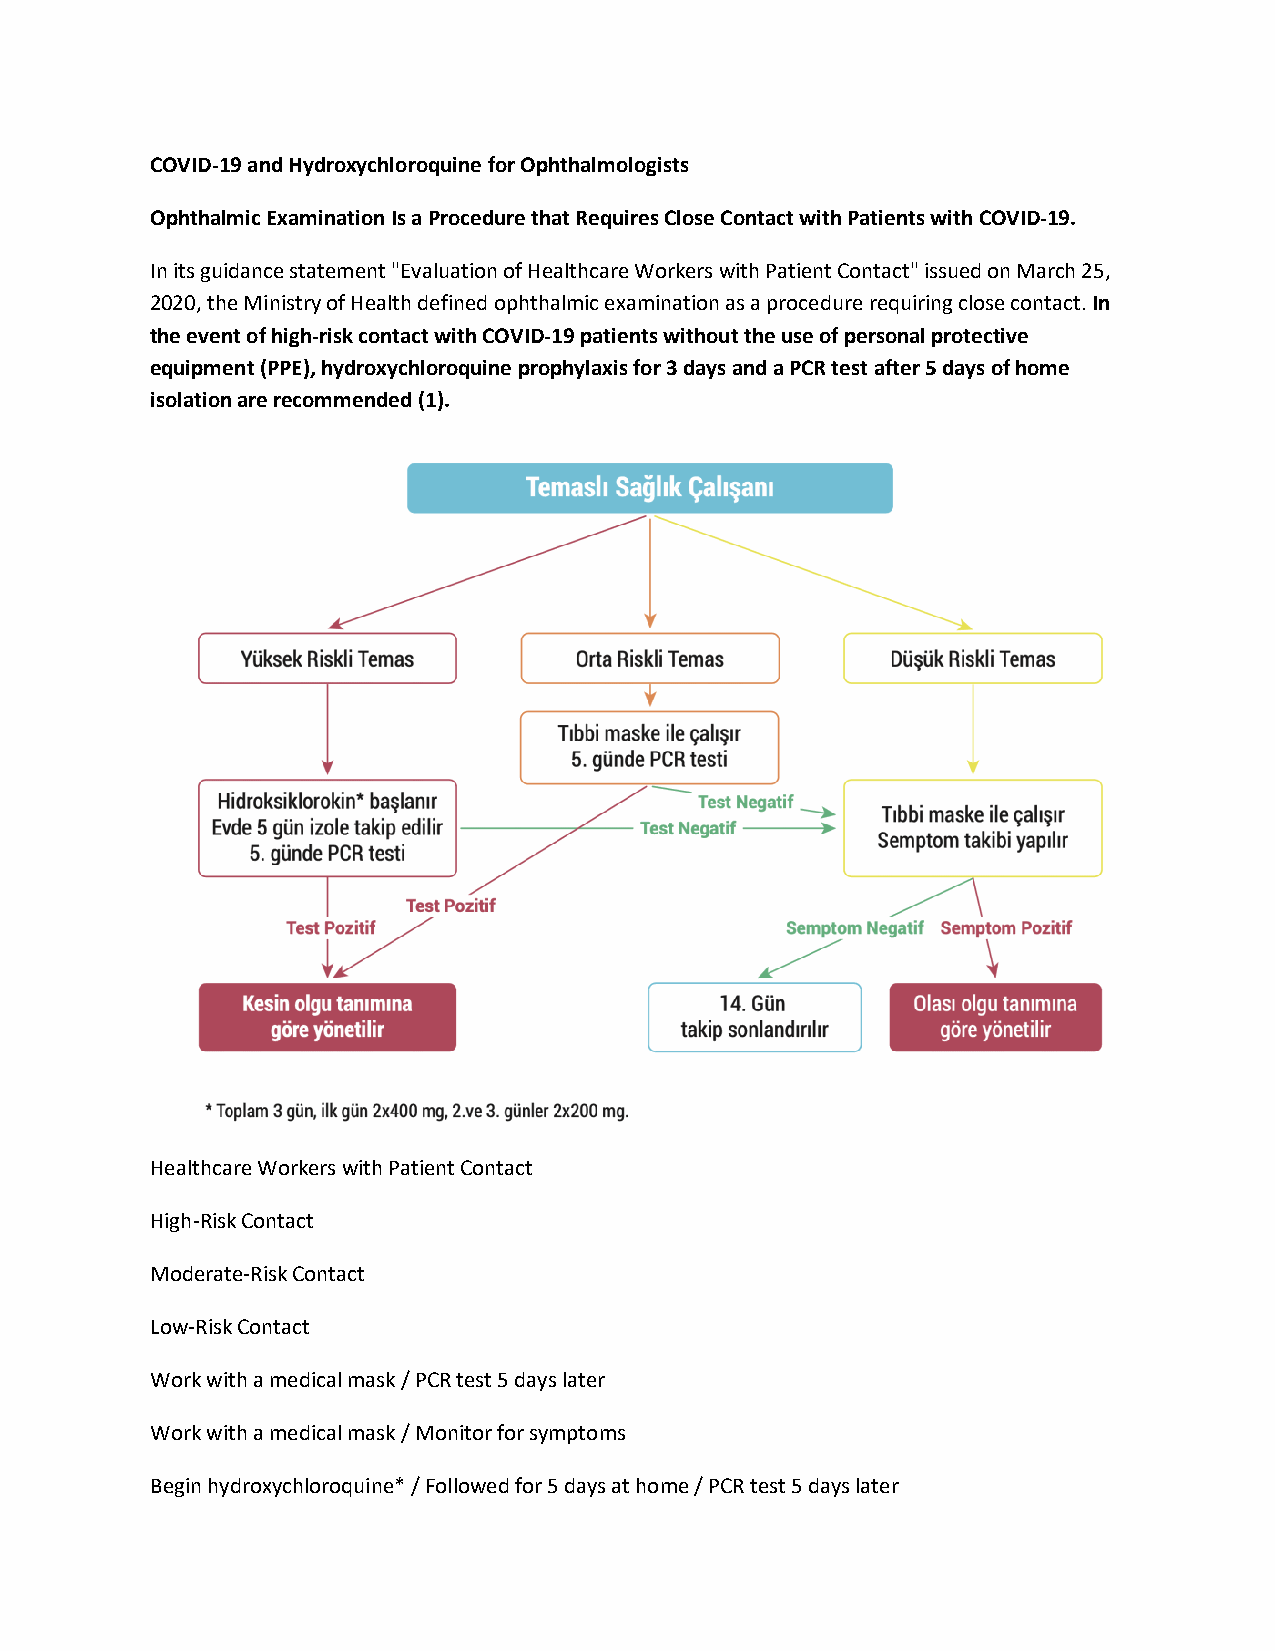
COVID-19 and Hydroxychloroquine for Ophthalmologists
 Ophthalmic Examination Is a Procedure that Requires Close Contact with Patients with COVID-19.
 In its guidance statement "Evaluation of Healthcare Workers with Patient Contact" issued on March 25,
 2020, the Ministry of Health defined ophthalmic examination as a procedure requiring close contact. In
 the event of high-risk contact with COVID-19 patients without the use of personal protective
 equipment (PPE), hydroxychloroquine prophylaxis for 3 days and a PCR test after 5 days of home
 isolation are recommended (1).
 Healthcare Workers with Patient Contact
 High-Risk Contact
 Moderate-Risk Contact
 Low-Risk Contact
 Work with a medical mask / PCR test 5 days later
 Work with a medical mask / Monitor for symptoms
 Begin hydroxychloroquine* / Followed for 5 days at home / PCR test 5 days later